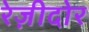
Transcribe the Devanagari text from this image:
रेज़ीदोर